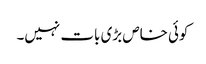
کوئی خاص بڑی بات نہیں۔